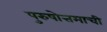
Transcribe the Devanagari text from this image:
पुरुषोत्तमाची